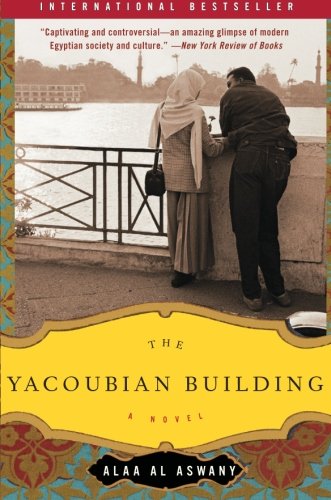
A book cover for The Yacoubian Building: A Novel; Alaa Al Aswany; Literature & Fiction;